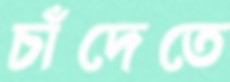
চাঁদেতে